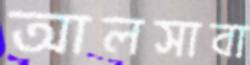
আলসাবা